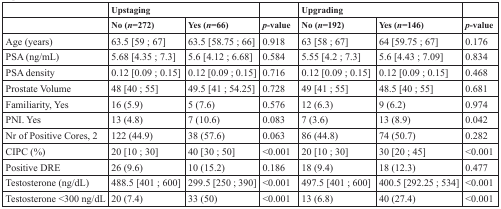
<table><thead><tr><td></td><td colspan="2"><b>Upstaging</b></td><td></td><td colspan="2"><b>Upgrading</b></td><td></td></tr><tr><td></td><td><b>No (<i>n</i>=272)</b></td><td><b>Yes (<i>n</i>=66)</b></td><td><b><i>p</i>-value</b></td><td><b>No (<i>n</i>=192)</b></td><td><b>Yes (<i>n</i>=146)</b></td><td><b><i>p</i>-value</b></td></tr></thead><tbody><tr><td>Age (years)</td><td>63.5 [59 ; 67]</td><td>63.5 [58.75 ; 66]</td><td>0.918</td><td>63 [58 ; 67]</td><td>64 [59.75 ; 67]</td><td>0.176</td></tr><tr><td>PSA (ng/mL)</td><td>5.68 [4.35 ; 7.3]</td><td>5.6 [4.12 ; 6.68]</td><td>0.584</td><td>5.55 [4.2 ; 7.3]</td><td>5.6 [4.43 ; 7.09]</td><td>0.834</td></tr><tr><td>PSA density</td><td>0.12 [0.09 ; 0.15]</td><td>0.12 [0.09 ; 0.15]</td><td>0.716</td><td>0.12 [0.09 ; 0.15]</td><td>0.12 [0.09 ; 0.15]</td><td>0.468</td></tr><tr><td>Prostate Volume</td><td>48 [40 ; 55]</td><td>49.5 [41 ; 54.25]</td><td>0.728</td><td>49 [41 ; 55]</td><td>48.5 [40 ; 55]</td><td>0.681</td></tr><tr><td>Familiarity, Yes</td><td>16 (5.9)</td><td>5 (7.6)</td><td>0.576</td><td>12 (6.3)</td><td>9 (6.2)</td><td>0.974</td></tr><tr><td>PNI. Yes</td><td>13 (4.8)</td><td>7 (10.6)</td><td>0.083</td><td>7 (3.6)</td><td>13 (8.9)</td><td>0.042</td></tr><tr><td>Nr of Positive Cores, 2</td><td>122 (44.9)</td><td>38 (57.6)</td><td>0.063</td><td>86 (44.8)</td><td>74 (50.7)</td><td>0.282</td></tr><tr><td>CIPC (%)</td><td>20 [10 ; 30]</td><td>40 [30 ; 50]</td><td>&lt;0.001</td><td>20 [10 ; 30]</td><td>30 [20 ; 45]</td><td>&lt;0.001</td></tr><tr><td>Positive DRE</td><td>26 (9.6)</td><td>10 (15.2)</td><td>0.186</td><td>18 (9.4)</td><td>18 (12.3)</td><td>0.477</td></tr><tr><td>Testosterone (ng/dL)</td><td>488.5 [401 ; 600]</td><td>299.5 [250 ; 390]</td><td>&lt;0.001</td><td>497.5 [401 ; 600]</td><td>400.5 [292.25 ; 534]</td><td>&lt;0.001</td></tr><tr><td>Testosterone &lt;300 ng/dL</td><td>20 (7.4)</td><td>33 (50)</td><td>&lt;0.001</td><td>13 (6.8)</td><td>40 (27.4)</td><td>&lt;0.001</td></tr></tbody></table>